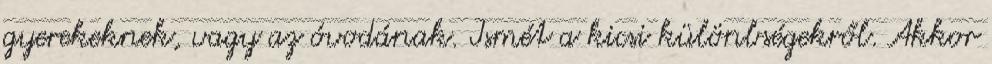
gyerekeknek, vagy az óvodának. Ismét a kicsi különbségekről. Akkor